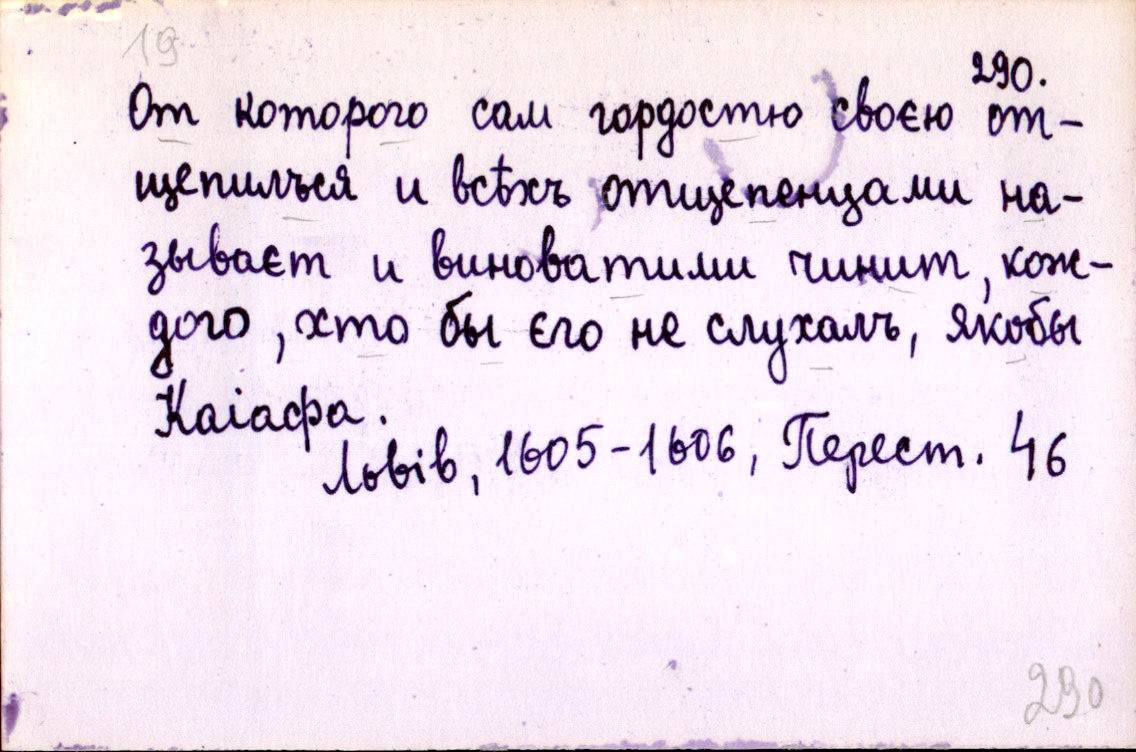
От которого сам гордостю своєю от-
щепилъся и всѣхъ отщепенцами на-
зываєт и виноватими чинит, кож-
дого, хто бы єго не слухалъ, якобы
Каіафа.
Львів, 1605-1606, Перест. 46